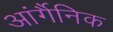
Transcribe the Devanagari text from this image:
आंर्गैनिक